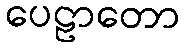
ပေဠာတော